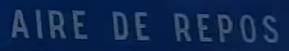
AIRE DE REPOS